Annual report of lunatic asylums [Bombay] - 1912-1922
Year: 1912
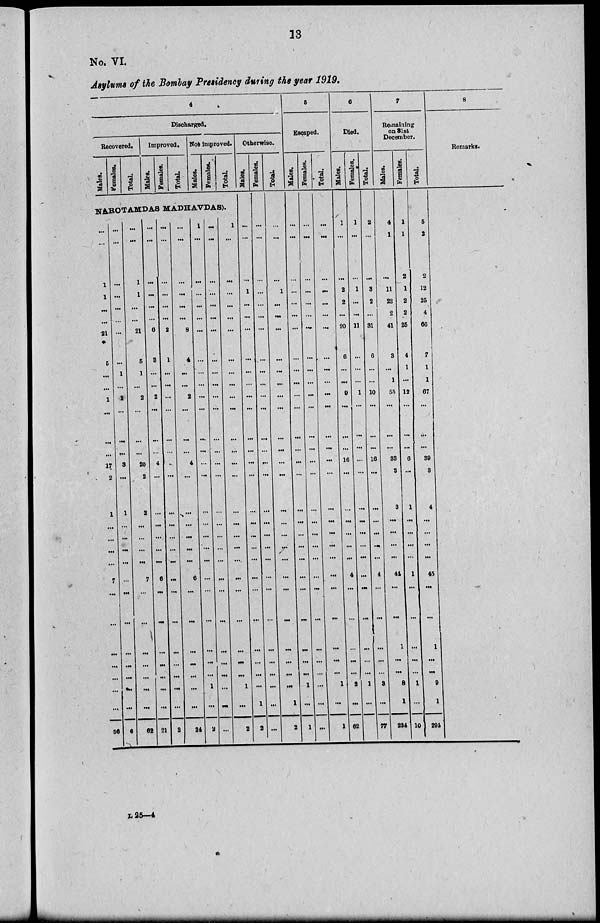
13
No. VI
Asylums of the Bombay Presidency during the year 1919.
4
Discharged.
Recovered.
Males.
Females.
Total.
Improved.
Males.
Females.
Total.
Not improved.
Males.
Females.
Total.
NAROTAMDAS MADHAVDAS).
...
...
1
1
...
...
21
5
...
...
1
...
...
...
17
2
1
...
...
...
...
7
...
...
...
. ..
. ..
. ..
...
64
...
...
...
...
...
...
. ..
...
1
...
1
...
...
...
3
...
1
...
...
...
...
...
...
...
...
...
...
...
...
6
...
...
1
1
...
...
21
5
1
...
2
...
...
...
20
2
2
...
...
. ..
...
7
...
...
...
...
...
...
...
62
...
...
...
...
...
...
6
3
...
. ..
2
...
...
...
4
...
...
...
...
...
...
6
...
...
...
...
...
...
...
21
...
...
...
...
...
2
1
...
...
...
...
...
...
..
...
...
...
...
...
...
...
...
...
...
...
...
...
...
3
...
...
.
...
...
...
8
4
...
...
2
...
...
...
4
...
...
...
...
...
...
6
...
...
...
...
...
...
...
24
1
...
...
...
...
...
...
...
...
...
...
...
...
...
...
...
...
...
...
...
...
...
...
...
...
. ..
...
1
...
2
...
...
...
...
...
...
...
...
...
...
...
...
...
...
...
...
...
...
...
...
...
...
...
...
...
...
...
...
...
...
1
...
...
...
...
...
...
...
...
...
...
...
...
...
...
...
...
. ..
...
...
...
...
...
...
...
...
...
1
...
2
Otherwise.
Males.
...
...
...
1
...
...
...
...
...
...
...
...
...
...
...
...
...
...
...
...
...
...
...
...
...
...
...
1
2
Females.
...
. ..
...
...
...
...
...
...
...
...
...
...
...
...
...
...
...
...
...
...
...
...
...
...
...
...
...
...
...
...
Total.
...
...
...
1
...
...
...
...
...
. ..
...
...
...
...
...
...
...
...
...
...
...
...
...
...
...
...
...
...
1
2
5
Escaped.
Males.
...
...
...
...
...
...
...
...
...
...
...
...
...
...
...
...
...
...
...
...
...
...
...
...
...
...
...
1
...
1
Females.
...
...
...
...
...
...
...
...
...
...
...
...
...
...
...
...
...
...
...
...
...
...
...
...
...
...
...
...
...
...
Total.
...
...
...
...
...
...
...
...
...
...
...
...
...
...
...
...
...
...
...
...
...
...
...
...
...
...
....
1
...
1
6
Died.
Males.
1
...
....
2
2
...
20
6
...
...
9
...
...
...
16
. ..
...
...
. ..
...
...
4
...
...
...
...
...
2
...
62
Females.
1
...
1
. ..
...
11
...
...
...
1
...
...
...
...
...
...
...
...
...
...
...
...
...
...
...
...
1
...
Total.
2
...
...
3
2
...
31
6
...
...
10
...
...
...
16
...
...
...
...
...
. ..
4
...
...
...
...
...
3
...
77
7
Remaining
on 31st
December.
Males.
4
1
...
11
23
2
41
3
...
1
55
...
...
...
33
3
3
...
...
...
...
44
...
...
1
...
...
8
1
234
Females.
1
1
2
1
2
2
25
4
1
. ..
13
...
...
...
6
...
1
...
. ..
. ..
...
1
...
...
...
...
...
1
...
10
Total.
5
2
2
12
25
4
66
7
1
1
67
...
...
...
39
3
4
...
...
...
...
45
...
...
1
...
...
9
1
294
8
Remarks.
L 25 – 4